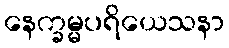
နေက္ခမ္မပရိယေသနာ